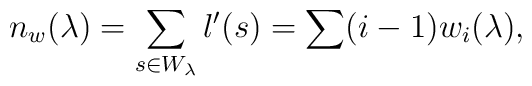
n_w(\lambda) = \sum_{s \in W_{\lambda}} l'(s) = \sum (i  - 1)w_i(\lambda),